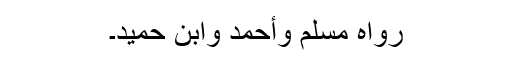
رَوَاہُ مُسْلِمٌ وَأَحْمَدُ وَابْنُ حُمَیْدٍ۔